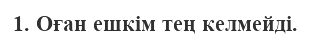
1. Оған ешкім тең келмейді.